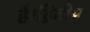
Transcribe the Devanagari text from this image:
है।द्वितीय